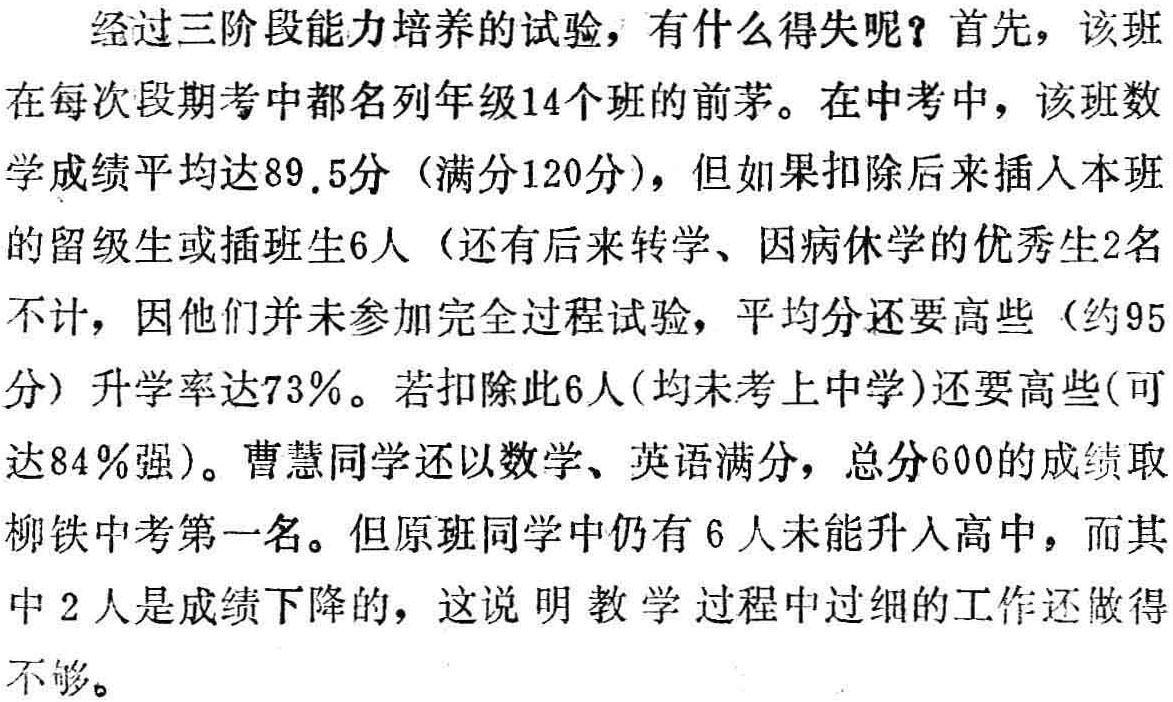
经过三阶段能力培养的试验，有什么得失呢？首先，该班在每次段期考中都名列年级14个班的前茅。在中考中，该班数学成绩平均达89.5分（满分120分），但如果扣除后来插入本班的留级生或插班生6人（还有后来转学、因病休学的优秀生2名不计，因他们并未参加完全过程试验，平均分还要高些（约95分）升学率达73％。若扣除此6人(均未考上中学)还要高些(可达84％强)。曹慧同学还以数学、英语满分，总分600的成绩取柳铁中考第一名。但原班同学中仍有6人未能升入高中，而其中2人是成绩下降的，这说明 教 学 过程中过细的工作还做得不够。